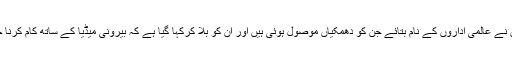
جمیل خان نے عالمی اداروں کے نام بتائے جن کو دھمکیاں موصول ہوئی ہیں اور ان کو بلا کرکہا گیا ہے کہ بیرونی میڈیا کے ساتھ کام کرنا چھوڑ دیں۔